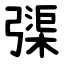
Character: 㣄